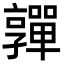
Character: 嚲